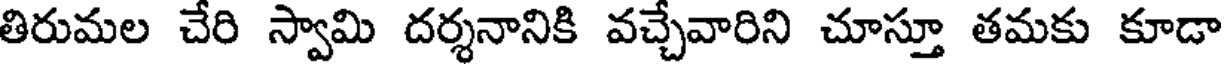
తిరుమల చేరి స్వామి దర్శనానికి వచ్చేవారిని చూస్తూ తమకు కూడా